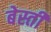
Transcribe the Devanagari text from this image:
बेस्ती